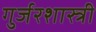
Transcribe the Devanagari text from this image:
गुर्जरशास्त्री